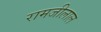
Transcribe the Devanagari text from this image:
रामजीलाल